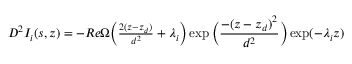
\begin{array} { r } { D ^ { 2 } I _ { i } ( s , z ) = - R e \Omega \bigg ( \frac { 2 ( z - z _ { d } ) } { d ^ { 2 } } + \lambda _ { i } \bigg ) \exp \bigg ( \displaystyle \frac { - ( z - z _ { d } ) ^ { 2 } } { d ^ { 2 } } \bigg ) \exp ( - \lambda _ { i } z ) } \end{array}